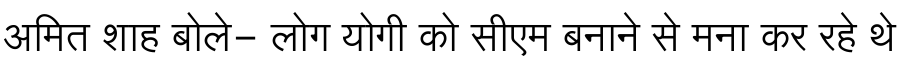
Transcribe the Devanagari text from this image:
अमित शाह बोले- लोग योगी को सीएम बनाने से मना कर रहे थे